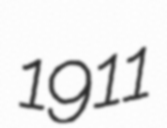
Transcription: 1911